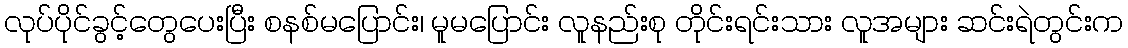
လုပ်ပိုင်ခွင့်တွေပေးပြီး စနစ်မပြောင်း၊ မူမပြောင်း လူနည်းစု တိုင်းရင်းသား လူအများ ဆင်းရဲတွင်းက